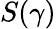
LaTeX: S(\gamma)